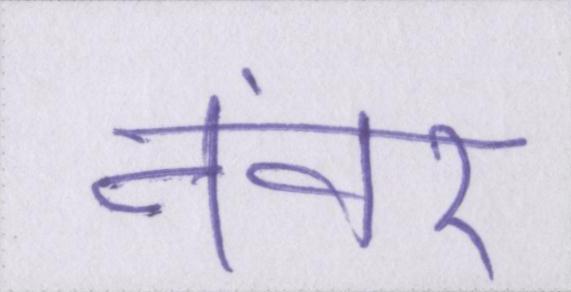
नंवर